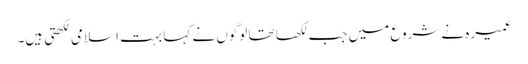
عمیرہ نے شروع میں جب لکھا تھا لوگوں نے کہا بہت اسلامی لکھتی ہیں۔